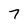
Character: 7